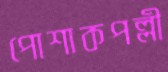
পোশাকপল্লী